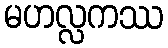
မဟလ္လကဿ